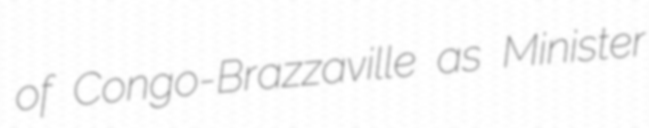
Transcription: of Congo-Brazzaville as Minister